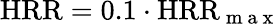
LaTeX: \mathrm{HRR}=0.1\cdot\mathrm{HRR}_{\mathrm{~m~a~x~}}